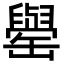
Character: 𮉺